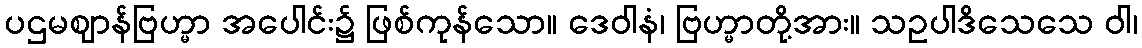
ပဌမဈာန်ဗြဟ္မာ အပေါင်း၌ ဖြစ်ကုန်သော။ ဒေဝါနံ၊ ဗြဟ္မာတို့အား။ သဥပါဒိသေသေ ဝါ၊